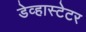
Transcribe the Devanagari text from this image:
डेव्हास्टेटर